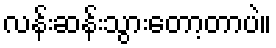
လန်းဆန်းသွားတော့တာပဲ။